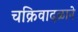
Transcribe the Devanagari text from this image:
चक्रिवादळाने